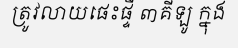
ត្រូវលាយផេះផ្ទី ៣គីឡូ ក្នុង